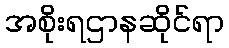
အစိုးရဌာနဆိုင်ရာ